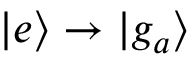
\mathinner { | { e } \rangle } \rightarrow \mathinner { | { g _ { a } } \rangle }